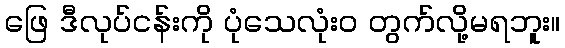
ဖြေ ဒီလုပ်ငန်းကို ပုံသေလုံးဝ တွက်လို့မရဘူး။